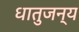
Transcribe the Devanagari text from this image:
धातुजन्य